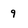
Character: 9